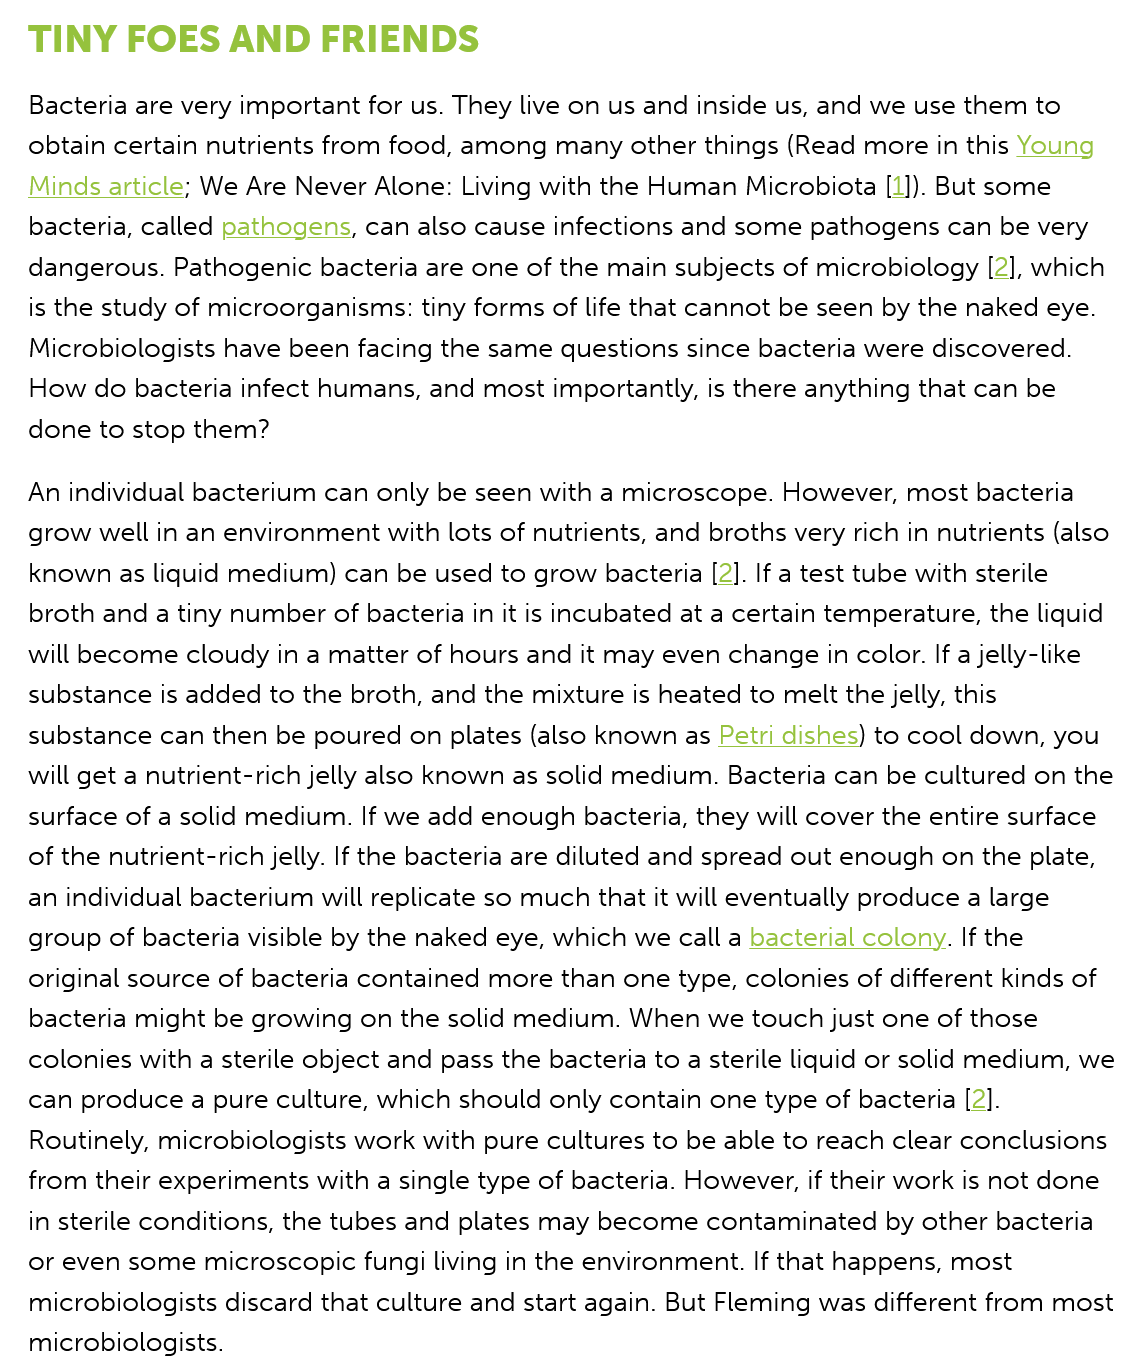
TINY    FOES   AND   FRIENDS
   Bacteria are very important for us. They live on us and inside us, and we use them to
   obtain certain nutrients from food, among many other things (Read more in this Young
   Minds article; We Are Never Alone: Living with the Human Microbiota [1]). But some
   bacteria, called pathogens, can also cause infections and some pathogens can be very
   dangerous. Pathogenic bacteria are one of the main subjects of microbiology [2], which
   is the study of microorganisms: tiny forms of life that cannot be seen by the naked eye.
   Microbiologists have been facing the same questions since bacteria were discovered.
   How do bacteria infect humans, and most importantly, is there anything that can be
   done to stop them?
  An individual bacterium can only be seen with a microscope. However, most bacteria
   grow well in an environment with lots of nutrients, and broths very rich in nutrients (also
   known as liquid medium) can be used to grow bacteria [2]. If a test tube with sterile
   broth and a tiny number of bacteria in it is incubated at a certain temperature, the liquid
   will become cloudy in a matter of hours and it may even change in color. If a jelly-like
   substance is added to the broth, and the mixture is heated to melt the jelly, this
   substance can then be poured on plates (also known as Petri dishes) to cool down, you
   will get a nutrient-rich jelly also known as solid medium. Bacteria can be cultured on the
   surface of a solid medium. If we add enough bacteria, they will cover the entire surface
   of the nutrient-rich jelly. If the bacteria are diluted and spread out enough on the plate,
   an individual bacterium will replicate so much that it will eventually produce a large
   group of bacteria visible by the naked eye, which we call a bacterial colony. If the
   original source of bacteria contained more than one type, colonies of different kinds of
   bacteria might be growing on the solid medium. When we touch just one of those
   colonies with a sterile object and pass the bacteria to a sterile liquid or solid medium, we
   can produce a pure culture, which should only contain one type of bacteria [2].
   Routinely, microbiologists work with pure cultures to be able to reach clear conclusions
   from their experiments with a single type of bacteria. However, if their work is not done
   in sterile conditions, the tubes and plates may become contaminated by other bacteria
   or even some microscopic fungi living in the environment. If that happens, most
   microbiologists discard that culture and start again. But Fleming was different from most
   microbiologists.